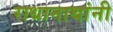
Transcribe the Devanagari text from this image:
राधानाथांनी